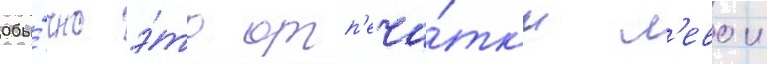
Обы́чно э́то отп'еча́тк'и л'евои